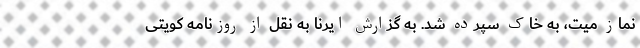
نماز میت، به خاک سپرده شد. به گزارش ایرنا به نقل از روزنامه کویتی